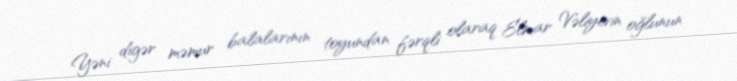
Yəni digər məmur balalarının toyundan fərqli olaraq Elmar Vəliyevin oğlunun